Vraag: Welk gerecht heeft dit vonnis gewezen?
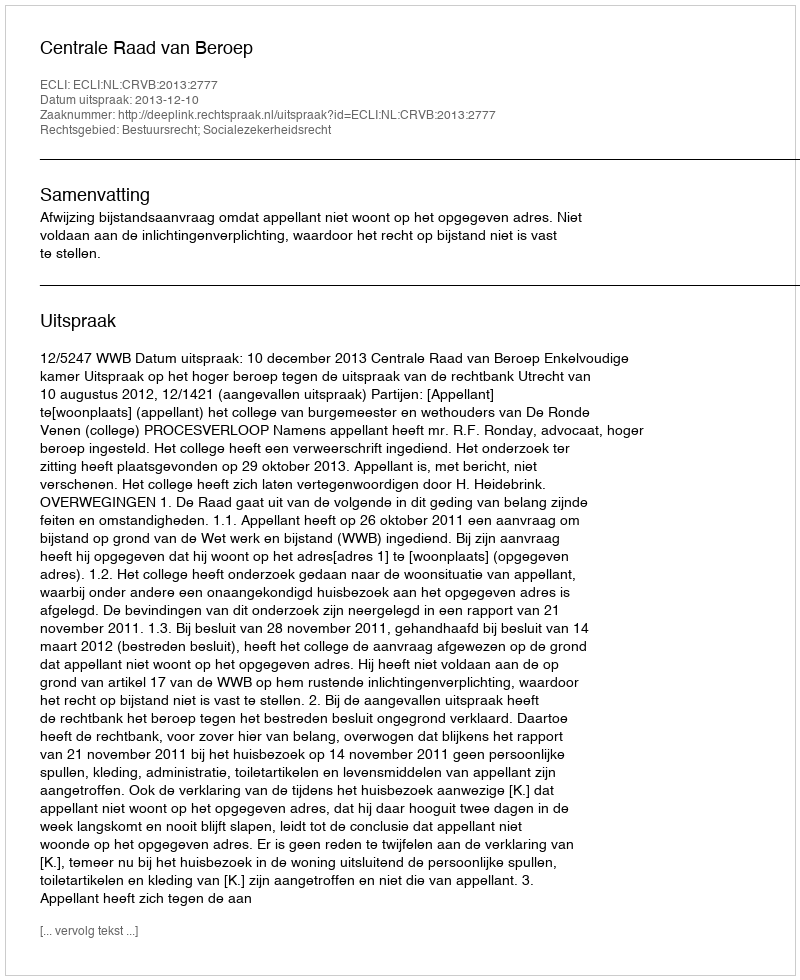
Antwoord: Centrale Raad van Beroep